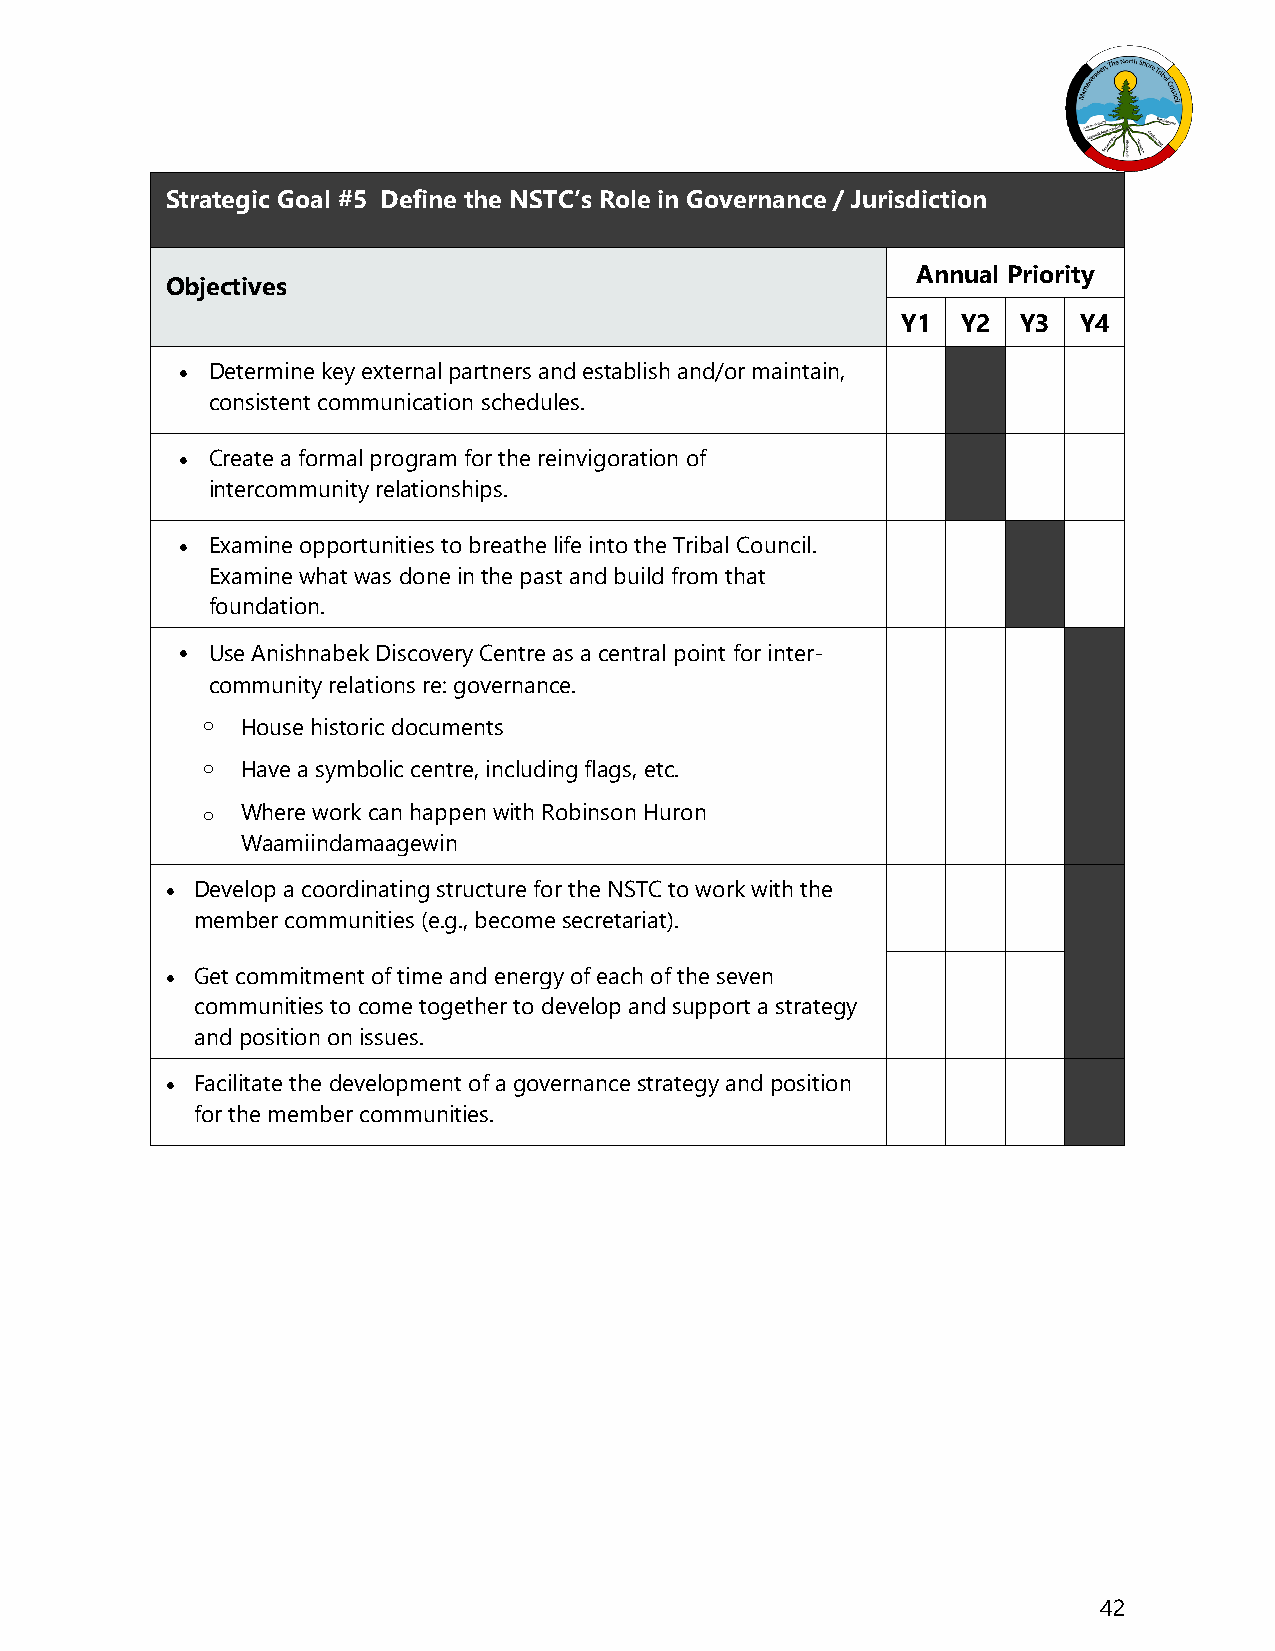
Strategic Goal #5 Define the NSTC’s Role in Governance / Jurisdiction
 Annual Priority
 Objectives
 Y1  Y2  Y3  Y4
  Determine key external partners and establish and/or maintain,
 consistent communication schedules.
  Create a formal program for the reinvigoration of
 intercommunity relationships.
  Examine opportunities to breathe life into the Tribal Council.
 Examine what was done in the past and build from that
 foundation.
  Use Anishnabek Discovery Centre as a central point for inter-
 community relations re: governance.
 o  House historic documents
 o  Have a symbolic centre, including flags, etc.
 o  Where work can happen with Robinson Huron
 Waamiindamaagewin
  Develop a coordinating structure for the NSTC to work with the
 member communities (e.g., become secretariat).
  Get commitment of time and energy of each of the seven
 communities to come together to develop and support a strategy
 and position on issues.
  Facilitate the development of a governance strategy and position
 for the member communities.
 42